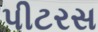
પીટરસ